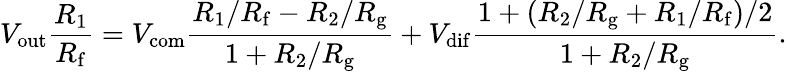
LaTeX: V_{\mathrm{out}}{\frac{R_{1}}{R_{\mathrm{f}}}}=V_{\mathrm{com}}{\frac{R_{1}/R_{\mathrm{f}}-R_{2}/R_{\mathrm{g}}}{1+R_{2}/R_{\mathrm{g}}}}+V_{\mathrm{dif}}{\frac{1+(R_{2}/R_{\mathrm{g}}+R_{1}/R_{\mathrm{f}})/2}{1+R_{2}/R_{\mathrm{g}}}}.